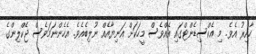
ހާއިރު އެވެ. މި އެކްސިޑެންޓްގައި އެއްވެސް މީހަކަށް އަނިޔާއެއް ނުލިބެއެވެ. އެހެންނަމަވެސް ޖެކްލިންގެ